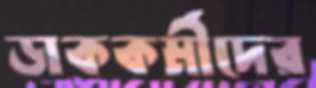
ডাককর্মীদের